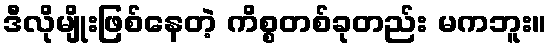
ဒီလိုမျိုးဖြစ်နေတဲ့ ကိစ္စတစ်ခုတည်း မကဘူး။